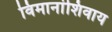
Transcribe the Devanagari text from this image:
विमानांशिवाय